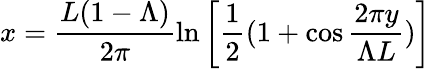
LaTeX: x=\frac{L(1-\Lambda)}{2\pi}\ln\left[\frac{1}{2}(1+\cos\frac{2\pi y}{\Lambda L})\right]